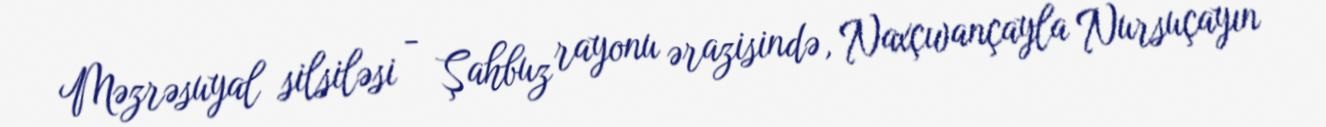
Məzrəsuyal silsiləsi - Şahbuz rayonu ərazisində, Naxçıvançayla Nursuçayın